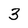
Character: 3